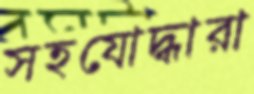
সহযোদ্ধারা